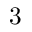
3